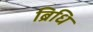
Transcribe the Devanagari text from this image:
ब्रिधि